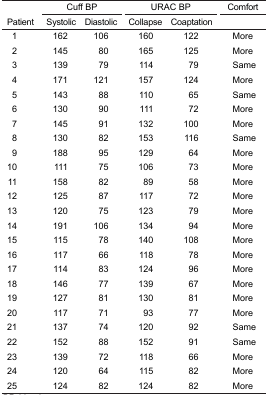
<table><thead><tr><td></td><td colspan="2"><b>Cuff BP</b></td><td colspan="2"><b>URAC BP</b></td><td><b>Comfort</b></td></tr><tr><td><b>Patient</b></td><td><b>Systolic</b></td><td><b>Diastolic</b></td><td><b>Collapse</b></td><td><b>Coaptation</b></td><td></td></tr></thead><tbody><tr><td>1</td><td>162</td><td>106</td><td>160</td><td>122</td><td>More</td></tr><tr><td>2</td><td>145</td><td>80</td><td>165</td><td>125</td><td>More</td></tr><tr><td>3</td><td>139</td><td>79</td><td>114</td><td>79</td><td>Same</td></tr><tr><td>4</td><td>171</td><td>121</td><td>157</td><td>124</td><td>More</td></tr><tr><td>5</td><td>143</td><td>88</td><td>110</td><td>65</td><td>Same</td></tr><tr><td>6</td><td>130</td><td>90</td><td>111</td><td>72</td><td>More</td></tr><tr><td>7</td><td>145</td><td>91</td><td>132</td><td>100</td><td>More</td></tr><tr><td>8</td><td>130</td><td>82</td><td>153</td><td>116</td><td>Same</td></tr><tr><td>9</td><td>188</td><td>95</td><td>129</td><td>64</td><td>More</td></tr><tr><td>10</td><td>111</td><td>75</td><td>106</td><td>73</td><td>More</td></tr><tr><td>11</td><td>158</td><td>82</td><td>89</td><td>58</td><td>More</td></tr><tr><td>12</td><td>125</td><td>87</td><td>117</td><td>72</td><td>More</td></tr><tr><td>13</td><td>120</td><td>75</td><td>123</td><td>79</td><td>More</td></tr><tr><td>14</td><td>191</td><td>106</td><td>134</td><td>94</td><td>More</td></tr><tr><td>15</td><td>115</td><td>78</td><td>140</td><td>108</td><td>More</td></tr><tr><td>16</td><td>117</td><td>66</td><td>118</td><td>78</td><td>More</td></tr><tr><td>17</td><td>114</td><td>83</td><td>124</td><td>96</td><td>More</td></tr><tr><td>18</td><td>146</td><td>77</td><td>139</td><td>67</td><td>More</td></tr><tr><td>19</td><td>127</td><td>81</td><td>130</td><td>81</td><td>More</td></tr><tr><td>20</td><td>117</td><td>71</td><td>93</td><td>77</td><td>More</td></tr><tr><td>21</td><td>137</td><td>74</td><td>120</td><td>92</td><td>Same</td></tr><tr><td>22</td><td>152</td><td>88</td><td>152</td><td>91</td><td>Same</td></tr><tr><td>23</td><td>139</td><td>72</td><td>118</td><td>66</td><td>More</td></tr><tr><td>24</td><td>120</td><td>64</td><td>115</td><td>82</td><td>More</td></tr><tr><td>25</td><td>124</td><td>82</td><td>124</td><td>82</td><td>More</td></tr></tbody></table>